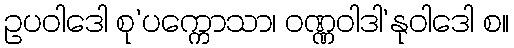
ဥပဝါဒေါ စု’ပက္ကောသာ၊ ဝဏ္ဏဝါဒါ’နုဝါဒေါ စ။